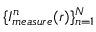
\{ I _ { m e a s u r e } ^ { n } ( r ) \} _ { n = 1 } ^ { N }